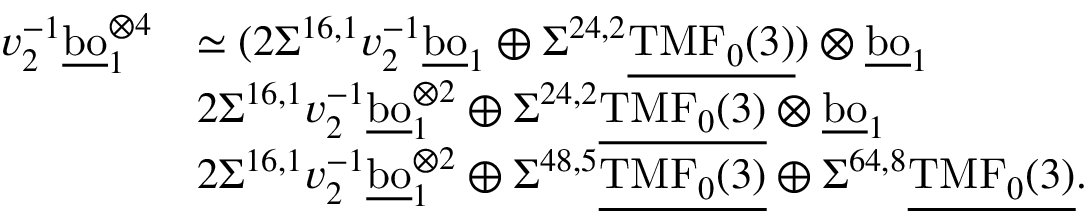
\begin{array} { r l } { v _ { 2 } ^ { - 1 } \underline { { \mathrm { b o } } } _ { 1 } ^ { \otimes { 4 } } } & { \simeq ( 2 \Sigma ^ { 1 6 , 1 } v _ { 2 } ^ { - 1 } \underline { { \mathrm { b o } } } _ { 1 } \oplus \Sigma ^ { 2 4 , 2 } \underline { { \mathrm { T M F } _ { 0 } ( 3 ) } } ) \otimes \underline { { \mathrm { b o } } } _ { 1 } } \\ & { 2 \Sigma ^ { 1 6 , 1 } v _ { 2 } ^ { - 1 } \underline { { \mathrm { b o } } } _ { 1 } ^ { \otimes { 2 } } \oplus \Sigma ^ { 2 4 , 2 } \underline { { \mathrm { T M F } _ { 0 } ( 3 ) } } \otimes \underline { { \mathrm { b o } } } _ { 1 } } \\ & { 2 \Sigma ^ { 1 6 , 1 } v _ { 2 } ^ { - 1 } \underline { { \mathrm { b o } } } _ { 1 } ^ { \otimes { 2 } } \oplus \Sigma ^ { 4 8 , 5 } \underline { { \mathrm { T M F } _ { 0 } ( 3 ) } } \oplus \Sigma ^ { 6 4 , 8 } \underline { { \mathrm { T M F } _ { 0 } ( 3 ) } } . } \end{array}